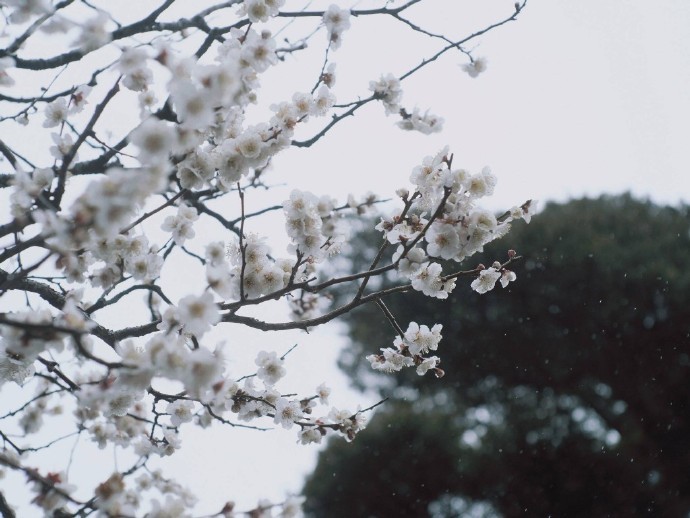
思牵今夜肠应直，雨冷香魂吊书客。